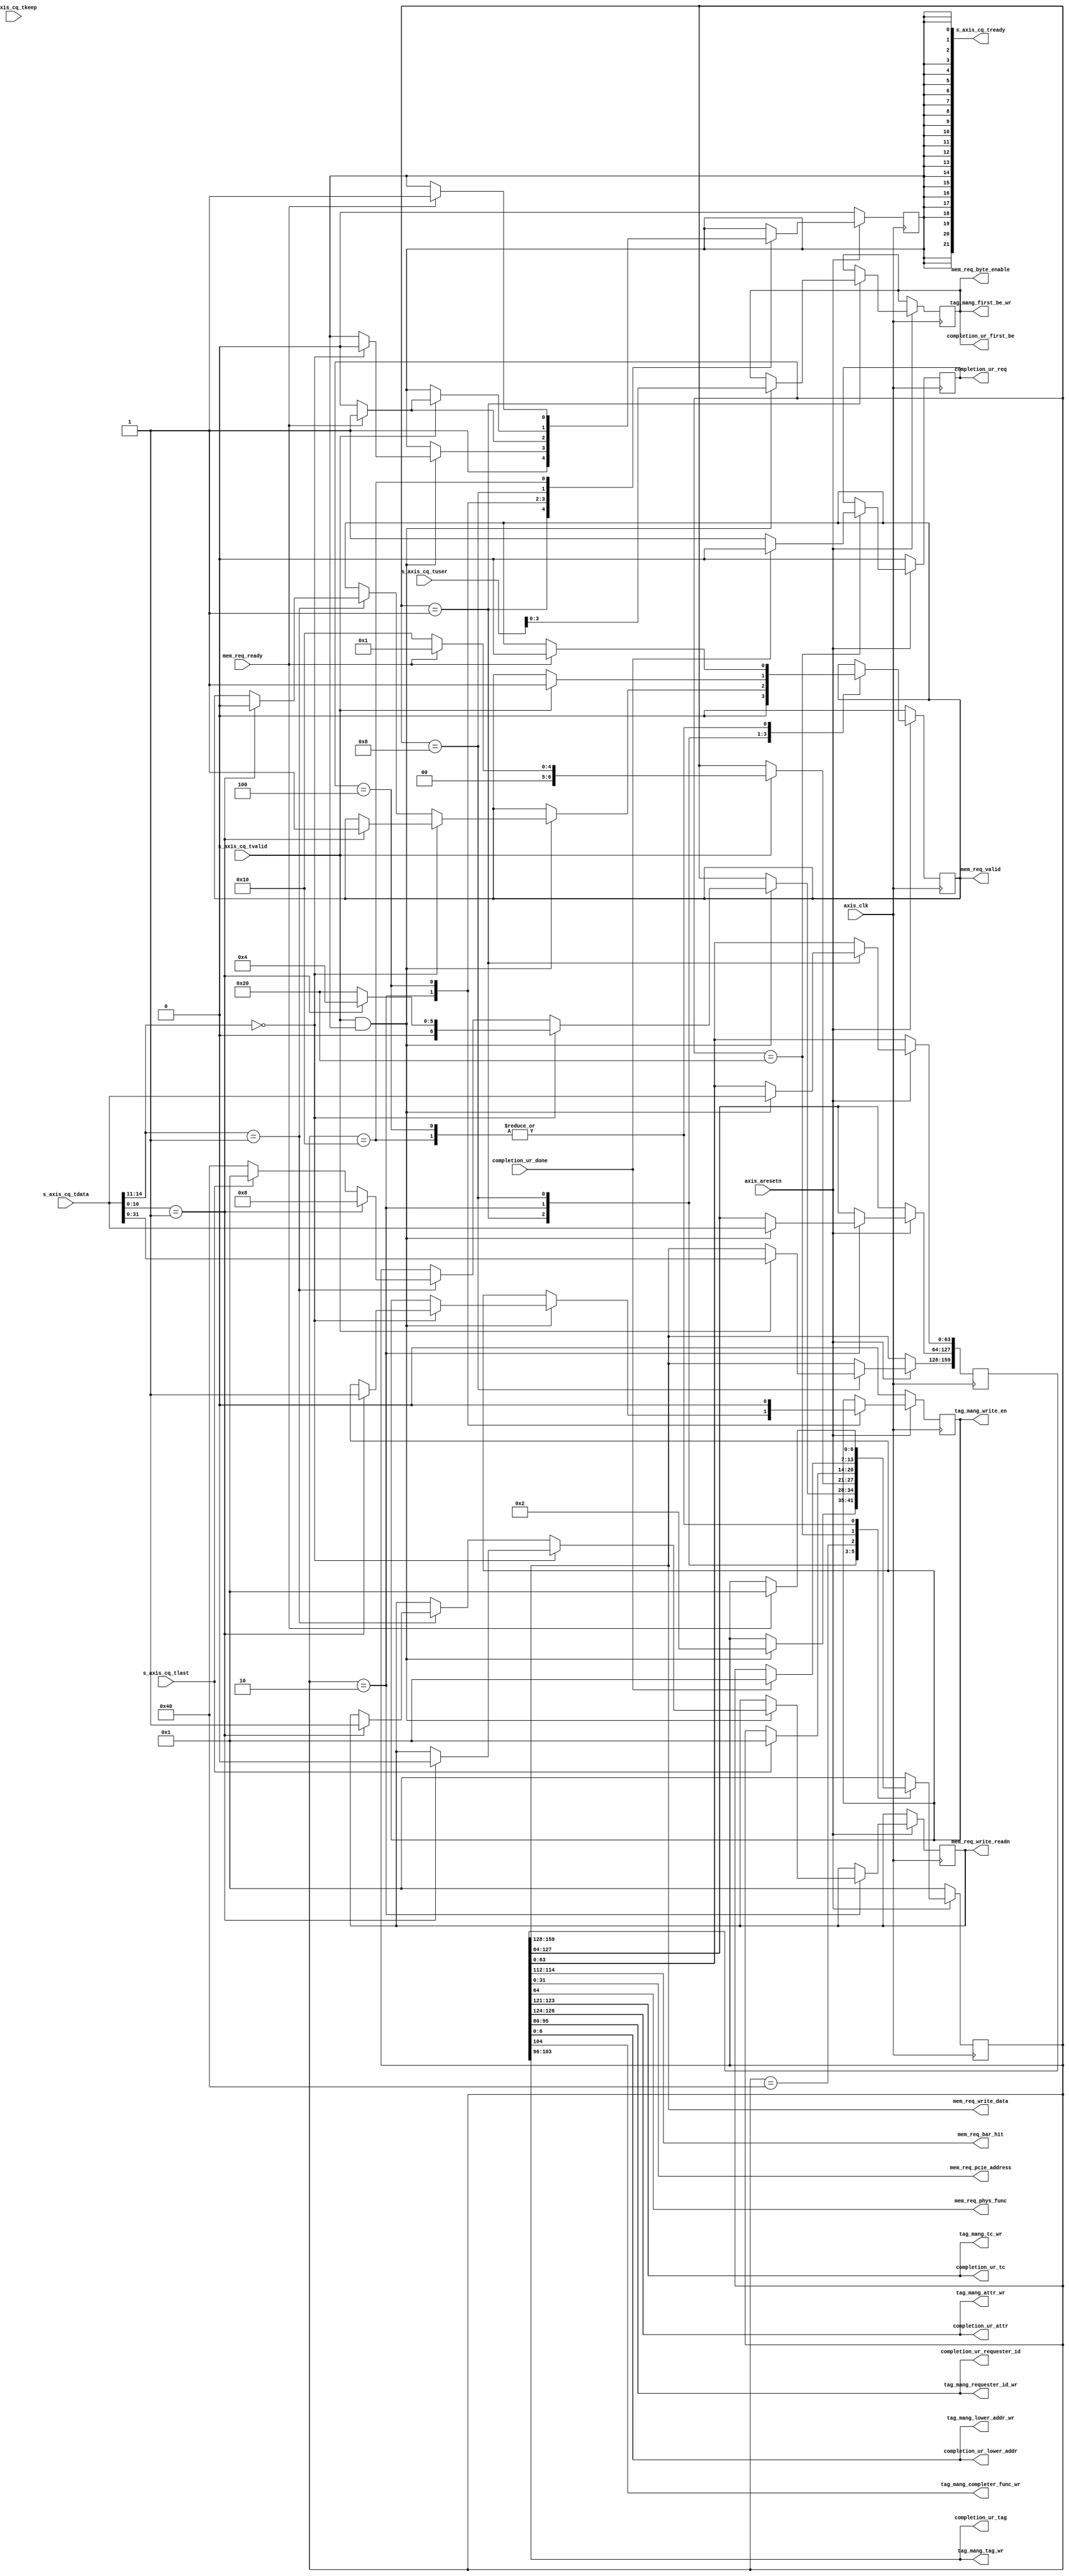
`timescale 1ns / 1ps
//////////////////////////////////////////////////////////////////////////////////
// Company: 
// Engineer: 
// 
// Design Name: 
// Module Name: saxis_controller
// Project Name: 
// Target Devices: 
// Tool Versions: 
// Description: 
// 
// Dependencies: 
// 
// Revision:
// Revision 0.01 - File Created
// Additional Comments:
// 
//////////////////////////////////////////////////////////////////////////////////


module saxis_controller # (
  parameter TCQ                         = 1,
  parameter S_AXIS_TDATA_WIDTH          = 64,
  parameter OUTSTANDING_READS           = 5 
 ) (
 
  input                                 axis_clk,
  input                                 axis_aresetn,
  
  input  [S_AXIS_TDATA_WIDTH-1:0]       s_axis_cq_tdata,
  input  [84:0]                         s_axis_cq_tuser,
  input                                 s_axis_cq_tlast,
  input  [S_AXIS_TDATA_WIDTH/32-1:0]    s_axis_cq_tkeep,
  input                                 s_axis_cq_tvalid,
  output [21:0]                         s_axis_cq_tready,

  //TLP Information to AXI 
  output                               mem_req_valid,
  input                                mem_req_ready,
  output [2:0]                         mem_req_bar_hit,
  output [31:0]                        mem_req_pcie_address,
  output [3:0]                         mem_req_byte_enable,
  output                               mem_req_write_readn,
  output                               mem_req_phys_func,
  output [31:0]                        mem_req_write_data,
    
  //Memory Reads Records
  output                               tag_mang_write_en,     
                                
  output [2:0]                         tag_mang_tc_wr,
  output [2:0]                         tag_mang_attr_wr,
  output [15:0]                        tag_mang_requester_id_wr,
  output [6:0]                         tag_mang_lower_addr_wr,   
  output                               tag_mang_completer_func_wr, 
  output [7:0]                         tag_mang_tag_wr,           
  output [3:0]                         tag_mang_first_be_wr, 

  output reg                           completion_ur_req,
  output [7:0]                         completion_ur_tag,
  output [6:0]                         completion_ur_lower_addr,
  output [3:0]                         completion_ur_first_be,
  output [15:0]                        completion_ur_requester_id,
  output [2:0]                         completion_ur_tc,
  output [2:0]                         completion_ur_attr,
  input                                completion_ur_done      
  
  );

   localparam IDLE                = 7'b0000001;
   localparam DW2_PROCESS_64      = 7'b0000010;
   localparam READ_PROCESS_64     = 7'b0000100;
   localparam READ_PROCESS_128    = 7'b0000010;
   localparam READ_PROCESS_256    = 7'b0000010;
   localparam WRITE_DATA_64       = 7'b0001000;
   localparam WRITE_DATA_128      = 7'b0000100;
   localparam WRITE_DATA_256      = 7'b0000100;
   localparam HOLD_VALID          = 7'b0010000;
   localparam COMPLETION_UR       = 7'b0100000;
   localparam WAIT_FOR_LAST       = 7'b1000000;

   reg [6:0] saxis_sm = IDLE;
   reg [6:0] saxis_sm_r = IDLE;
   
   reg [255:0]               s_axis_cq_tdata_wide_r;
   reg [3:0]                 first_be_r; 
   reg                       mem_req_write_readn_r; 
   reg                       mem_read_pulse;
   reg                       s_axis_cq_tready_r;
   reg                       mem_req_valid_r;

   always @(posedge axis_clk)
      saxis_sm_r <= saxis_sm;

   generate
      if ( S_AXIS_TDATA_WIDTH == 64 ) begin: S_AXIS_TDATA_WIDTH_64

      always @(posedge axis_clk)
         if (!axis_aresetn) begin
            saxis_sm            <= #TCQ IDLE;
            mem_read_pulse      <= #TCQ 1'b0;
            s_axis_cq_tready_r  <= #TCQ 1'b0; 
            mem_req_valid_r     <= #TCQ 1'b0;
            completion_ur_req     <= #TCQ 1'b0;
            
         end
         else
            case (saxis_sm)
               IDLE : begin
                  if (s_axis_cq_tvalid & s_axis_cq_tready[0] ) begin
                      saxis_sm <= #TCQ DW2_PROCESS_64;
                      s_axis_cq_tdata_wide_r[63:0] <= #TCQ s_axis_cq_tdata[63:0];  
                      first_be_r <= #TCQ s_axis_cq_tuser[3:0];
                  end
                  s_axis_cq_tready_r <= #TCQ 1'b1;
                  mem_req_valid_r <= #TCQ 1'b0;
               end
               DW2_PROCESS_64 : begin
                  if (s_axis_cq_tvalid & s_axis_cq_tready[0] ) begin                    
                    if ( s_axis_cq_tdata[14:11] == 4'h0 ) begin         //If Memory Read
                      if ( s_axis_cq_tdata[10:0] == 11'd1 ) begin       // Only 1DW Reads are Supported
                        saxis_sm <= #TCQ READ_PROCESS_64;
                        mem_req_write_readn_r <= #TCQ 1'b0;
                        mem_read_pulse <= #TCQ 1'b1;
                        mem_req_valid_r <= #TCQ 1'b1;
                        s_axis_cq_tready_r <= #TCQ 1'b0;
                      end else begin // Only 1DW packets are supported.  Larger reads will get a completion with UR.
                        saxis_sm <= #TCQ COMPLETION_UR;
                        s_axis_cq_tready_r <= #TCQ 1'b0;
                      end
                    end else if ( (s_axis_cq_tdata[14:11] == 4'h1) ) begin //If Memory Write
                      if ( s_axis_cq_tdata[10:0] == 11'd1 ) begin // Only 1DW Reads are Supported
                        saxis_sm <= #TCQ WRITE_DATA_64;
                        mem_req_write_readn_r <= #TCQ 1'b1;
                        mem_req_valid_r <= #TCQ 1'b0;
                      end else begin // Only 1DW packets are supported.  Larger packets are ignored.
                        if (s_axis_cq_tlast) begin
                          saxis_sm <= #TCQ IDLE;
                        end else begin
                          saxis_sm <= #TCQ WAIT_FOR_LAST;
                        end
                      end
                    end
                    s_axis_cq_tdata_wide_r[127:64] <= #TCQ s_axis_cq_tdata[63:0]; 
                  end 
               end
               READ_PROCESS_64 : begin
                  if (mem_req_ready) begin
                    saxis_sm <= #TCQ IDLE;
                    s_axis_cq_tready_r <= #TCQ 1'b1;
                    mem_req_valid_r <= #TCQ 1'b0;
                  end else begin
                    s_axis_cq_tready_r <= #TCQ 1'b0;
                  end
                  mem_read_pulse <= #TCQ 1'b0;   
               end
               WRITE_DATA_64: begin
                  if (s_axis_cq_tvalid) begin
                    s_axis_cq_tdata_wide_r [159:128] = #TCQ s_axis_cq_tdata[31:0];
                    if (mem_req_ready) begin
                      saxis_sm <= #TCQ IDLE;
                      mem_req_valid_r <= #TCQ 1'b1;
                      s_axis_cq_tready_r <= #TCQ 1'b1; 
                    end else begin 
                      s_axis_cq_tready_r <= #TCQ 1'b0;
                      saxis_sm <= #TCQ HOLD_VALID;  
                      mem_req_valid_r <= #TCQ 1'b1;                
                    end
                  end
               end
               WAIT_FOR_LAST: begin
                 if (s_axis_cq_tlast) begin
                   saxis_sm <= #TCQ IDLE;
                 end 
               end 
               COMPLETION_UR: begin
                 if (completion_ur_done) begin
                   saxis_sm <= #TCQ IDLE;
                   completion_ur_req <= 1'b0;
                 end else begin
                   completion_ur_req <= 1'b1;
                 end
               end 
               HOLD_VALID: begin
                 if (mem_req_ready) begin
                   saxis_sm <= #TCQ IDLE;
                   mem_req_valid_r <= #TCQ 1'b0; 
                   s_axis_cq_tready_r <= #TCQ 1'b1;
                 end 
               end                             
               default: begin  // Fault Recovery
                  saxis_sm <= #TCQ IDLE;
	       end
         endcase
         
       end else if (S_AXIS_TDATA_WIDTH == 128) begin: S_AXIS_TDATA_WIDTH_128
       
       always @(posedge axis_clk)
          if (!axis_aresetn) begin
             saxis_sm            <= #TCQ IDLE;
             mem_read_pulse      <= #TCQ 1'b0;
             s_axis_cq_tready_r  <= #TCQ 1'b0; 
             mem_req_valid_r     <= #TCQ 1'b0;
             completion_ur_req   <= #TCQ 1'b0;
             
             
          end
          else
             case ( saxis_sm )
                IDLE : begin
		   
                  mem_req_valid_r               <= #TCQ 1'b0;
		   
                  if ( s_axis_cq_tvalid & s_axis_cq_tready[0] & (s_axis_cq_tdata[78:75] == 4'h0)  ) begin // If Memory Read
                    if ( s_axis_cq_tdata[10+64:0+64] == 11'd1 ) begin       // Only 1DW Reads are Supported
                      saxis_sm                      <= #TCQ READ_PROCESS_128; 
                      mem_req_write_readn_r         <= #TCQ 1'b0;
                      mem_read_pulse                <= #TCQ 1'b1;
                      mem_req_valid_r               <= #TCQ 1'b1;
                      s_axis_cq_tdata_wide_r[127:0] <= #TCQ s_axis_cq_tdata[127:0]; 
                      first_be_r                    <= #TCQ s_axis_cq_tuser[3:0];
                      s_axis_cq_tready_r            <= #TCQ 1'b0;
                    end else begin
                      s_axis_cq_tdata_wide_r[127:0] <= #TCQ s_axis_cq_tdata[127:0];
                      first_be_r                    <= #TCQ s_axis_cq_tuser[3:0];
                      saxis_sm                      <= #TCQ COMPLETION_UR;
                      s_axis_cq_tready_r            <= #TCQ 1'b0;
                    end
                  end else if (s_axis_cq_tvalid & s_axis_cq_tready[0] & (s_axis_cq_tdata[78:75] == 4'h1)) begin // If Memory Write
                    if ( s_axis_cq_tdata[10+64:0+64] == 11'd1 ) begin       // Only 1DW Writes are Supported
                      saxis_sm                      <= #TCQ WRITE_DATA_128;
                      mem_req_write_readn_r         <= #TCQ 1'b1;
                      mem_req_valid_r               <= #TCQ 1'b0; 
                      s_axis_cq_tdata_wide_r[127:0] <= #TCQ s_axis_cq_tdata[127:0]; 
                      first_be_r                    <= #TCQ s_axis_cq_tuser[3:0]; 
                      s_axis_cq_tready_r            <= #TCQ 1'b1;  
                    end else begin
                      if (s_axis_cq_tlast) begin
                        saxis_sm <= #TCQ IDLE;
                      end else begin
                        saxis_sm <= #TCQ WAIT_FOR_LAST;
                      end                     
                    end              
                  end else begin
                      s_axis_cq_tready_r            <= #TCQ 1'b1;
                  end                 
                end
                READ_PROCESS_128 : begin
                  if (mem_req_ready) begin
                    saxis_sm <= #TCQ IDLE;
                    s_axis_cq_tready_r <= #TCQ 1'b1;
                    mem_req_valid_r <= #TCQ 1'b0;
                  end else begin
                    s_axis_cq_tready_r <= #TCQ 1'b0;
                  end
                    mem_read_pulse <= #TCQ 1'b0;   
                end
                WRITE_DATA_128: begin
                  if (s_axis_cq_tvalid) begin
                    s_axis_cq_tdata_wide_r [159:128] = #TCQ s_axis_cq_tdata[31:0];
                    if (mem_req_ready) begin
                      saxis_sm <= #TCQ IDLE;
                      mem_req_valid_r    <= #TCQ 1'b1;
                      s_axis_cq_tready_r <= #TCQ 1'b1; 
                    end else begin 
                      s_axis_cq_tready_r <= #TCQ 1'b0;
                      saxis_sm <= #TCQ HOLD_VALID;  
                      mem_req_valid_r <= #TCQ 1'b1;                
                    end
                  end
                end
                WAIT_FOR_LAST: begin
                  if ( s_axis_cq_tlast ) begin
                    saxis_sm <= #TCQ IDLE;
                  end 
                end 
                COMPLETION_UR: begin
                  if ( completion_ur_done ) begin
                    saxis_sm <= #TCQ IDLE;
                    completion_ur_req <= 1'b0;
                  end else begin
                    completion_ur_req <= 1'b1;
                  end
                end 
                HOLD_VALID: begin
                  if (mem_req_ready) begin
                    saxis_sm <= #TCQ IDLE;
                    mem_req_valid_r <= #TCQ 1'b0; 
                    s_axis_cq_tready_r <= #TCQ 1'b1;
                  end 
                end 
                default: begin  // Fault Recovery
                   saxis_sm <= #TCQ IDLE;
         end
          endcase    
                  
       end else if (S_AXIS_TDATA_WIDTH == 256) begin: S_AXIS_TDATA_WIDTH_256 // This is going to look similar to the 128-bit interface
       
       always @(posedge axis_clk)
          if (!axis_aresetn) begin
             saxis_sm            <= #TCQ IDLE;
             mem_read_pulse      <= #TCQ 1'b0;
             s_axis_cq_tready_r  <= #TCQ 1'b0; 
             mem_req_valid_r     <= #TCQ 1'b0;
             completion_ur_req   <= #TCQ 1'b0;
             
          end
          else
             case ( saxis_sm )
                IDLE : begin
                  if ( s_axis_cq_tvalid & s_axis_cq_tready[0] & (s_axis_cq_tdata[78:75] == 4'h0) ) begin // If Memory Read
                    if ( s_axis_cq_tdata[10+64:0+64] == 11'd1 ) begin       // Only 1DW Reads are Supported                  
                      saxis_sm                      <= #TCQ READ_PROCESS_256; 
                      mem_req_write_readn_r         <= #TCQ 1'b0;
                      mem_read_pulse                <= #TCQ 1'b1;
                      mem_req_valid_r               <= #TCQ 1'b1;
                      s_axis_cq_tdata_wide_r[127:0] <= #TCQ s_axis_cq_tdata[127:0]; 
                      first_be_r                    <= #TCQ s_axis_cq_tuser[3:0];
                      s_axis_cq_tready_r            <= #TCQ 1'b0;
                    end else begin
                      s_axis_cq_tdata_wide_r[127:0] <= #TCQ s_axis_cq_tdata[127:0];
                      first_be_r                    <= #TCQ s_axis_cq_tuser[3:0];
                      saxis_sm <= #TCQ COMPLETION_UR;
                      s_axis_cq_tready_r <= #TCQ 1'b0;
                    end
                  end else if (s_axis_cq_tvalid & s_axis_cq_tready[0] & (s_axis_cq_tdata[78:75] == 4'h1)) begin // If Memory Write
                    if ( s_axis_cq_tdata[10+64:0+64] == 11'd1 ) begin       // Only 1DW Writes are Supported
                      saxis_sm                      <= #TCQ WRITE_DATA_256;
                      mem_req_write_readn_r         <= #TCQ 1'b1;
                      mem_req_valid_r               <= #TCQ 1'b1; 
                      s_axis_cq_tdata_wide_r[159:0] <= #TCQ s_axis_cq_tdata[159:0]; 
                      first_be_r                    <= #TCQ s_axis_cq_tuser[3:0]; 
                      s_axis_cq_tready_r            <= #TCQ 1'b0;   
                    end else begin
                      if (s_axis_cq_tlast) begin
                        saxis_sm <= #TCQ IDLE;
                      end else begin
                        saxis_sm <= #TCQ WAIT_FOR_LAST;
                      end                    
                    end             
                  end else begin
                     s_axis_cq_tready_r            <= #TCQ 1'b1;
                  end                 
                end
                READ_PROCESS_256 : begin
                  if (mem_req_ready) begin
                    saxis_sm <= #TCQ IDLE;
                    s_axis_cq_tready_r <= #TCQ 1'b1;
                    mem_req_valid_r <= #TCQ 1'b0;
                  end else begin
                    s_axis_cq_tready_r <= #TCQ 1'b0;
                  end
                    mem_read_pulse <= #TCQ 1'b0;   
                end
                WRITE_DATA_256: begin
                  if (mem_req_ready) begin
                    saxis_sm <= #TCQ IDLE;
                    mem_req_valid_r <= #TCQ 1'b0;
                    s_axis_cq_tready_r <= #TCQ 1'b1; 
                  end else begin 
                    s_axis_cq_tready_r <= #TCQ 1'b0;
                    saxis_sm <= #TCQ HOLD_VALID;  
                    mem_req_valid_r <= #TCQ 1'b1;                
                  end
                end
                WAIT_FOR_LAST: begin
                  if ( s_axis_cq_tlast ) begin
                    saxis_sm <= #TCQ IDLE;
                  end 
                end 
                COMPLETION_UR: begin
                  if ( completion_ur_done ) begin
                    saxis_sm <= #TCQ IDLE;
                    completion_ur_req <= 1'b0;
                  end else begin
                    completion_ur_req <= 1'b1;
                  end
                end 
                HOLD_VALID: begin
                  if (mem_req_ready) begin
                    saxis_sm <= #TCQ IDLE;
                    mem_req_valid_r <= #TCQ 1'b0; 
                    s_axis_cq_tready_r <= #TCQ 1'b1;
                  end 
                end 
                default: begin  // Fault Recovery
                   saxis_sm <= #TCQ IDLE;
         end
          endcase             
       end
    endgenerate         
         

  assign  mem_req_valid                = mem_req_valid_r;
  
  assign  mem_req_bar_hit              = s_axis_cq_tdata_wide_r[114:112];
  assign  mem_req_pcie_address         = s_axis_cq_tdata_wide_r[31:0];
  assign  mem_req_byte_enable          = first_be_r;
  assign  mem_req_write_readn          = mem_req_write_readn_r;
  assign  mem_req_phys_func            = s_axis_cq_tdata_wide_r[64];
  assign  mem_req_write_data           = s_axis_cq_tdata_wide_r[159:128];
    
  //Memory Reads Records
  assign   tag_mang_write_en            = mem_read_pulse;    
                                
  assign   tag_mang_tc_wr               = s_axis_cq_tdata_wide_r[123:121];
  assign   tag_mang_attr_wr             = s_axis_cq_tdata_wide_r[126:124];
  assign   tag_mang_requester_id_wr     = s_axis_cq_tdata_wide_r[95:80];
  assign   tag_mang_lower_addr_wr       = s_axis_cq_tdata_wide_r[6:0];  
  assign   tag_mang_completer_func_wr   = s_axis_cq_tdata_wide_r[104];
  assign   tag_mang_tag_wr              = s_axis_cq_tdata_wide_r[103:96];
  assign   tag_mang_first_be_wr         = first_be_r;


  assign   completion_ur_tag            = s_axis_cq_tdata_wide_r[103:96];
  assign   completion_ur_lower_addr     = s_axis_cq_tdata_wide_r[6:0]; 
  assign   completion_ur_first_be       = first_be_r;
  assign   completion_ur_requester_id   = s_axis_cq_tdata_wide_r[95:80];
  assign   completion_ur_tc             = s_axis_cq_tdata_wide_r[123:121];
  assign   completion_ur_attr           = s_axis_cq_tdata_wide_r[126:124];
  
  assign   s_axis_cq_tready             = {22{s_axis_cq_tready_r}};
  
endmodule